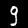
Label: 9